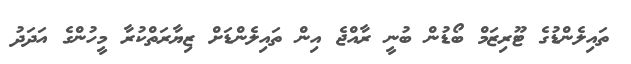
ތައިލެންޑުގެ ޓޫރިޒަމް ބޯޑުން ބުނީ ރާއްޖެ އިން ތައިލެންޑަށް ޒިޔާރަތްކުރާ މީހުންގެ އަދަދު